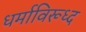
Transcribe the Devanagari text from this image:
धर्माविरूध्द